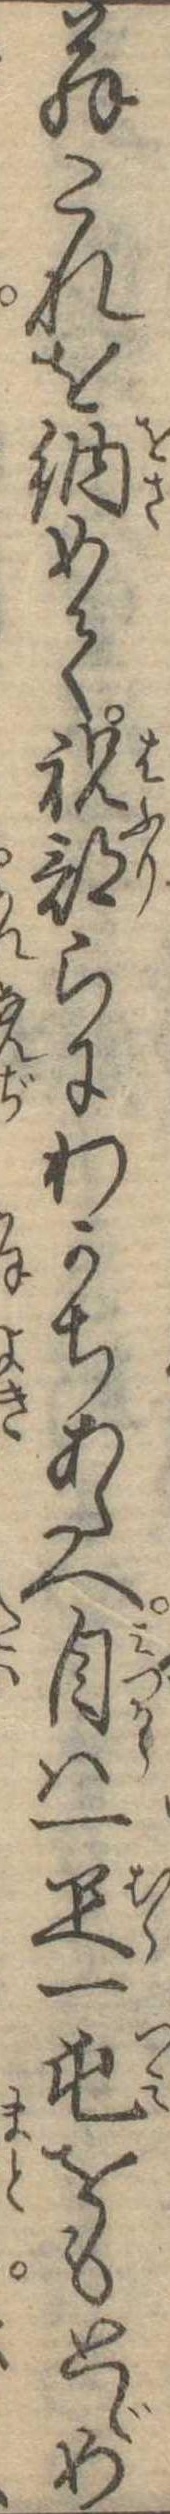
翁これを納めて祝部らにわかちあたへ自は一疋一屯をもとゞめ